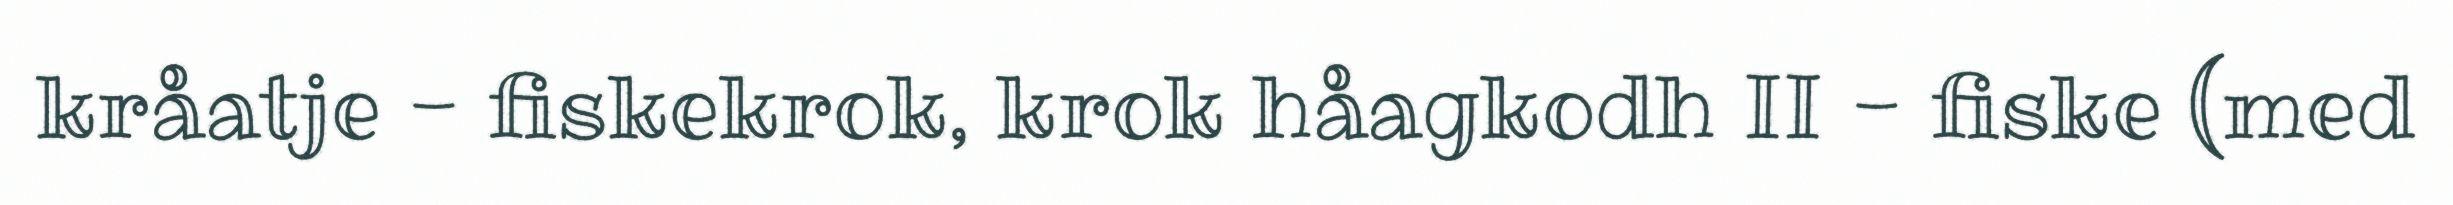
kråatje - fiskekrok, krok håagkodh II - fiske (med